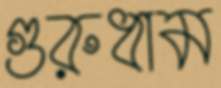
গুরুধাম